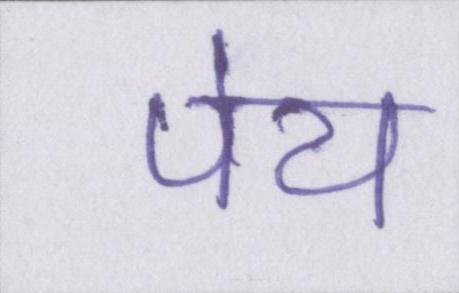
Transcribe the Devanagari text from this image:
पेय